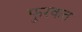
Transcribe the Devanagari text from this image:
फुरकत